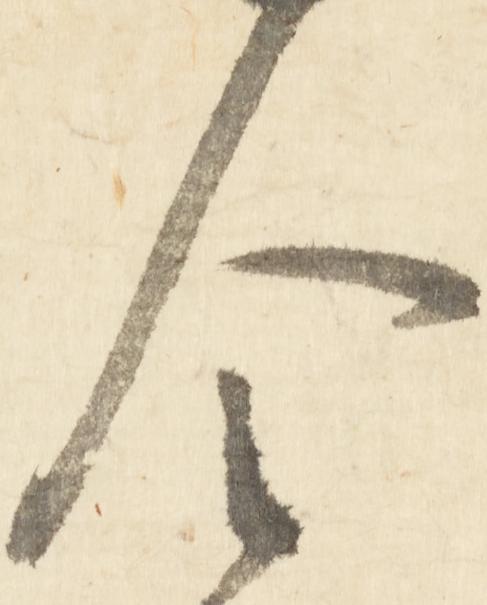
令